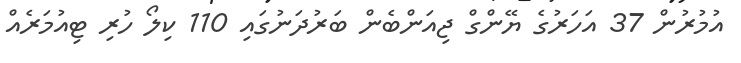
އުމުރުން 37 އަހަރުގެ ޔޭންގް ޖިއަންބެން ބަރުދަނުގައި 110 ކިލޯ ހުރި ޓިއުމަރެއް